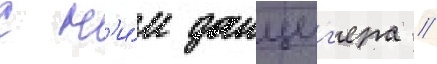
с н'и́м данциг'ера //